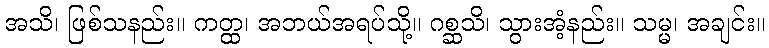
အသိ၊ ဖြစ်သနည်း။ ကတ္ထ၊ အဘယ်အရပ်သို့။ ဂစ္ဆသိ၊ သွားအံ့နည်း။ သမ္မ၊ အချင်း။